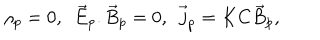
\rho _ { p } = 0 , \ \ \vec { E } _ { p } . \vec { B } _ { p } = 0 , \ \ \vec { j } _ { p } = K C \vec { B } _ { p } ,